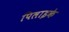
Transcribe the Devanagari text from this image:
पिलाइके